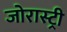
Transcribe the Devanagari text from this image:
जोरास्ट्री